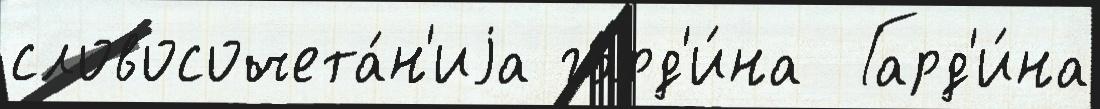
словосочета́н'иjа гард'и́на  Гард'и́на